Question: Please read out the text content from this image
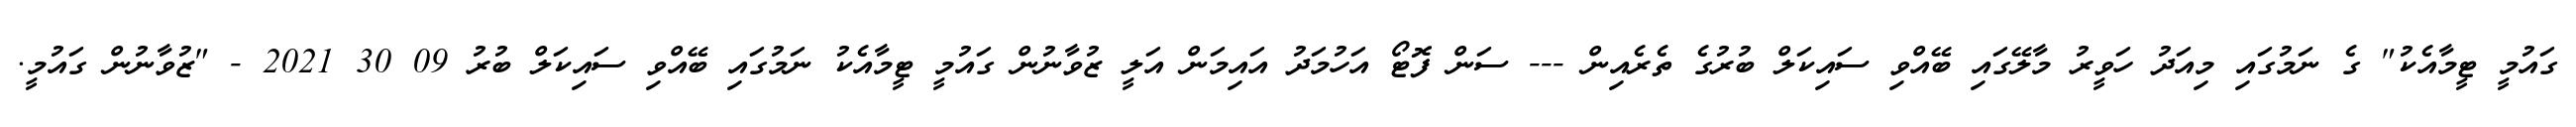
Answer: ގައުމީ ޓީމާއެކު" ގެ ނަމުގައި މިއަދު ހަވީރު މާލޭގައި ބޭއްވި ސައިކަލް ބުރުގެ ތެރެއިން --- ސަން ފޮޓޯ އަހުމަދު އައިމަން އަލީ ޒުވާނުން ގައުމީ ޓީމާއެކު ނަމުގައި ބޭއްވި ސައިކަލް ބުރު 09 30 2021 - "ޒުވާނުން ގައުމީ.